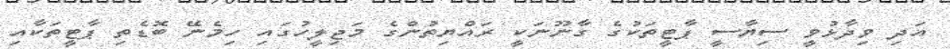
އަދި ވިދާޅުވީ ސިޔާސީ ޕާޓީތަކުގެ ގާނޫނަކީ ރައްޔިތުންގެ މަޖިލީހުގައި ހިމެނޭ ބޮޑެތި ޕާޓީތަކާއި